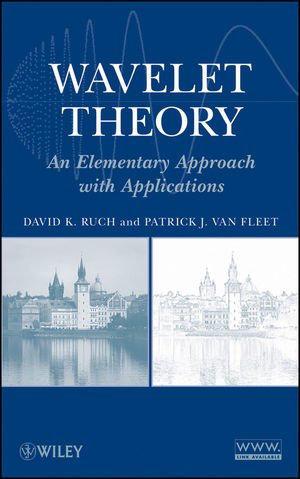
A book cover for Wavelet Theory: An Elementary Approach with Applications; David K. Ruch; Science & Math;